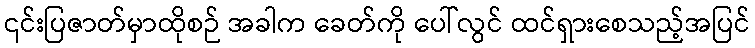
၎င်းပြဇာတ်မှာထိုစဉ် အခါက ခေတ်ကို ပေါ်လွင် ထင်ရှားစေသည့်အပြင်